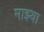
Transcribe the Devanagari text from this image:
माझ्या